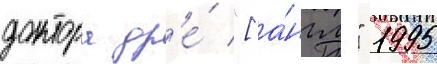
доктора др'е́ "[а́нгл." 1995